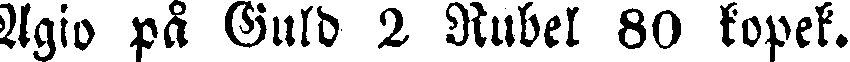
Agio på Guld 2 Rubel 80 kopek.